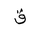
Letter: _qaf